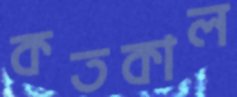
কতকাল